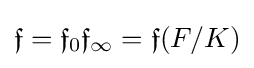
{\mathfrak {f}}={\mathfrak {f}}_{0}{\mathfrak {f}}_{\infty }={\mathfrak {f}}(F/K)